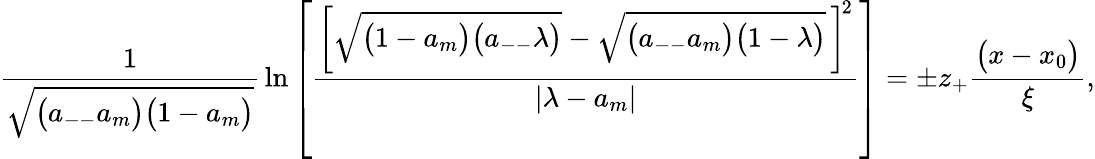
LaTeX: \begin{array}{l}{\displaystyle{\frac{1}{\sqrt{\big(a_{--}a_{m}\big)\big(1-a_{m}\big)}}\, \ln\left[\frac{\left[\sqrt{\big(1-a_{m}\big)\big(a_{--}\lambda\big)}-\sqrt{\big(a_{--}a_{m}\big)\big(1-\lambda\big)}\, \right]^{\! 2}}{|\lambda-a_{m}|}\right]=\pm z_{+}\frac{\big(x-x_{0}\big)}{\xi},}}\end{array}